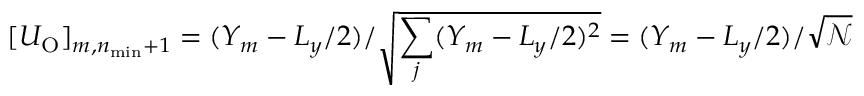
[ U _ { \mathrm { O } } ] _ { m , n _ { \mathrm { m i n } } + 1 } = ( Y _ { m } - L _ { y } / 2 ) / \sqrt { \sum _ { j } ( Y _ { m } - L _ { y } / 2 ) ^ { 2 } } = ( Y _ { m } - L _ { y } / 2 ) / \sqrt { \mathcal { N } }